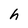
Character: h